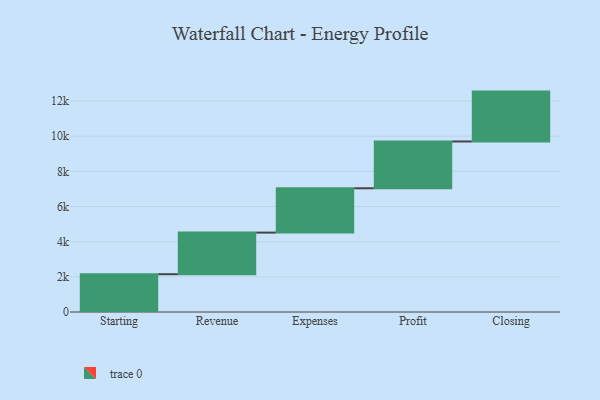
{"axis": {"x": "Step", "y": "Value"}, "legend": [""], "data": [{"x": "Starting", "y": 2150.0, "type": ""}, {"x": "Revenue", "y": 2367.0, "type": ""}, {"x": "Expenses", "y": 2521.0, "type": ""}, {"x": "Profit", "y": 2663.0, "type": ""}, {"x": "Closing", "y": 2837.0, "type": ""}]}